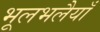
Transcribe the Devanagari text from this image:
भूलभलैयाँ